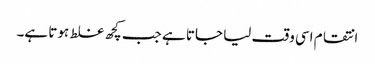
انتقام اسی وقت لیا جاتا ہے جب کچھ غلط ہوتا ہے۔